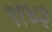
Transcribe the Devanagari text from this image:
९१४३